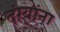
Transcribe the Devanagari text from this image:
दंग्यांना